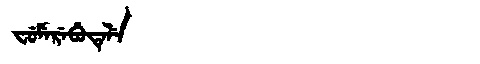
Manchu: ᠸᡠᠮᡝᡵᡝᠪᡠᡨᡝᠯᡝ
Romanization: FUMEREBUTELE